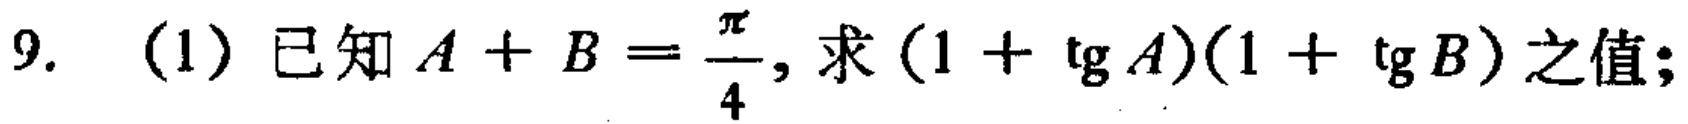
9. (1) 已知 \(A + B=\frac{\pi}{4}\), 求 \((1 + \tg A)(1+\tg B)\) 之值;